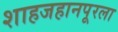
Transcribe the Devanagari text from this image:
शाहजहानपूरला